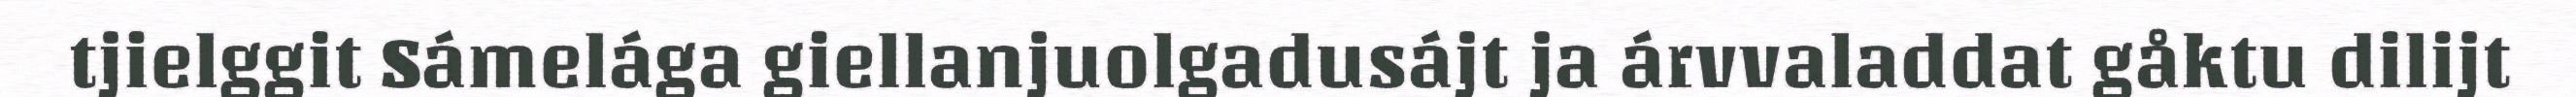
tjielggit Sámelága giellanjuolgadusájt ja árvvaladdat gåktu dilijt